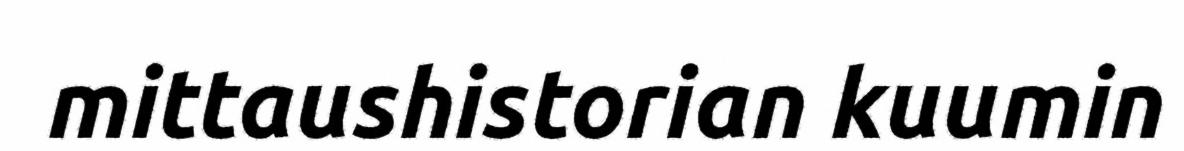
mittaushistorian kuumin